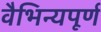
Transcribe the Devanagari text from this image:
वैभिन्यपूर्ण